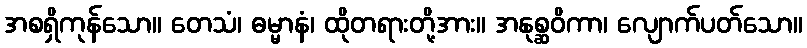
အစရှိကုန်သော။ တေသံ၊ ဓမ္မာနံ၊ ထိုတရားတို့အား။ အနုစ္ဆဝိကာ၊ လျောက်ပတ်သော။